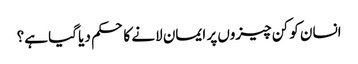
انسان کو کن چیزوں پر ایمان لانے کا حکم دیا گیا ہے؟